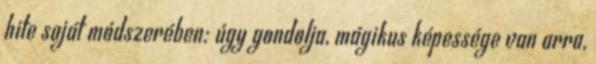
hite saját módszerében: úgy gondolja, mágikus képessége van arra,